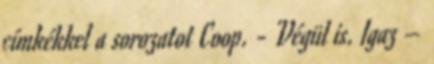
címkékkel a sorozatot Coop. - Végül is. Igaz –